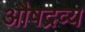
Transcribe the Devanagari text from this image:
औषद्रव्य